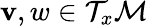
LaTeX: \mathbf{v},w\in\mathcal{{T}}_{x}\mathcal{{M}}